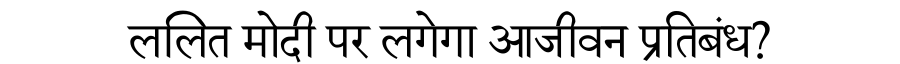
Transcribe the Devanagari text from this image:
ललित मोदी पर लगेगा आजीवन प्रतिबंध?